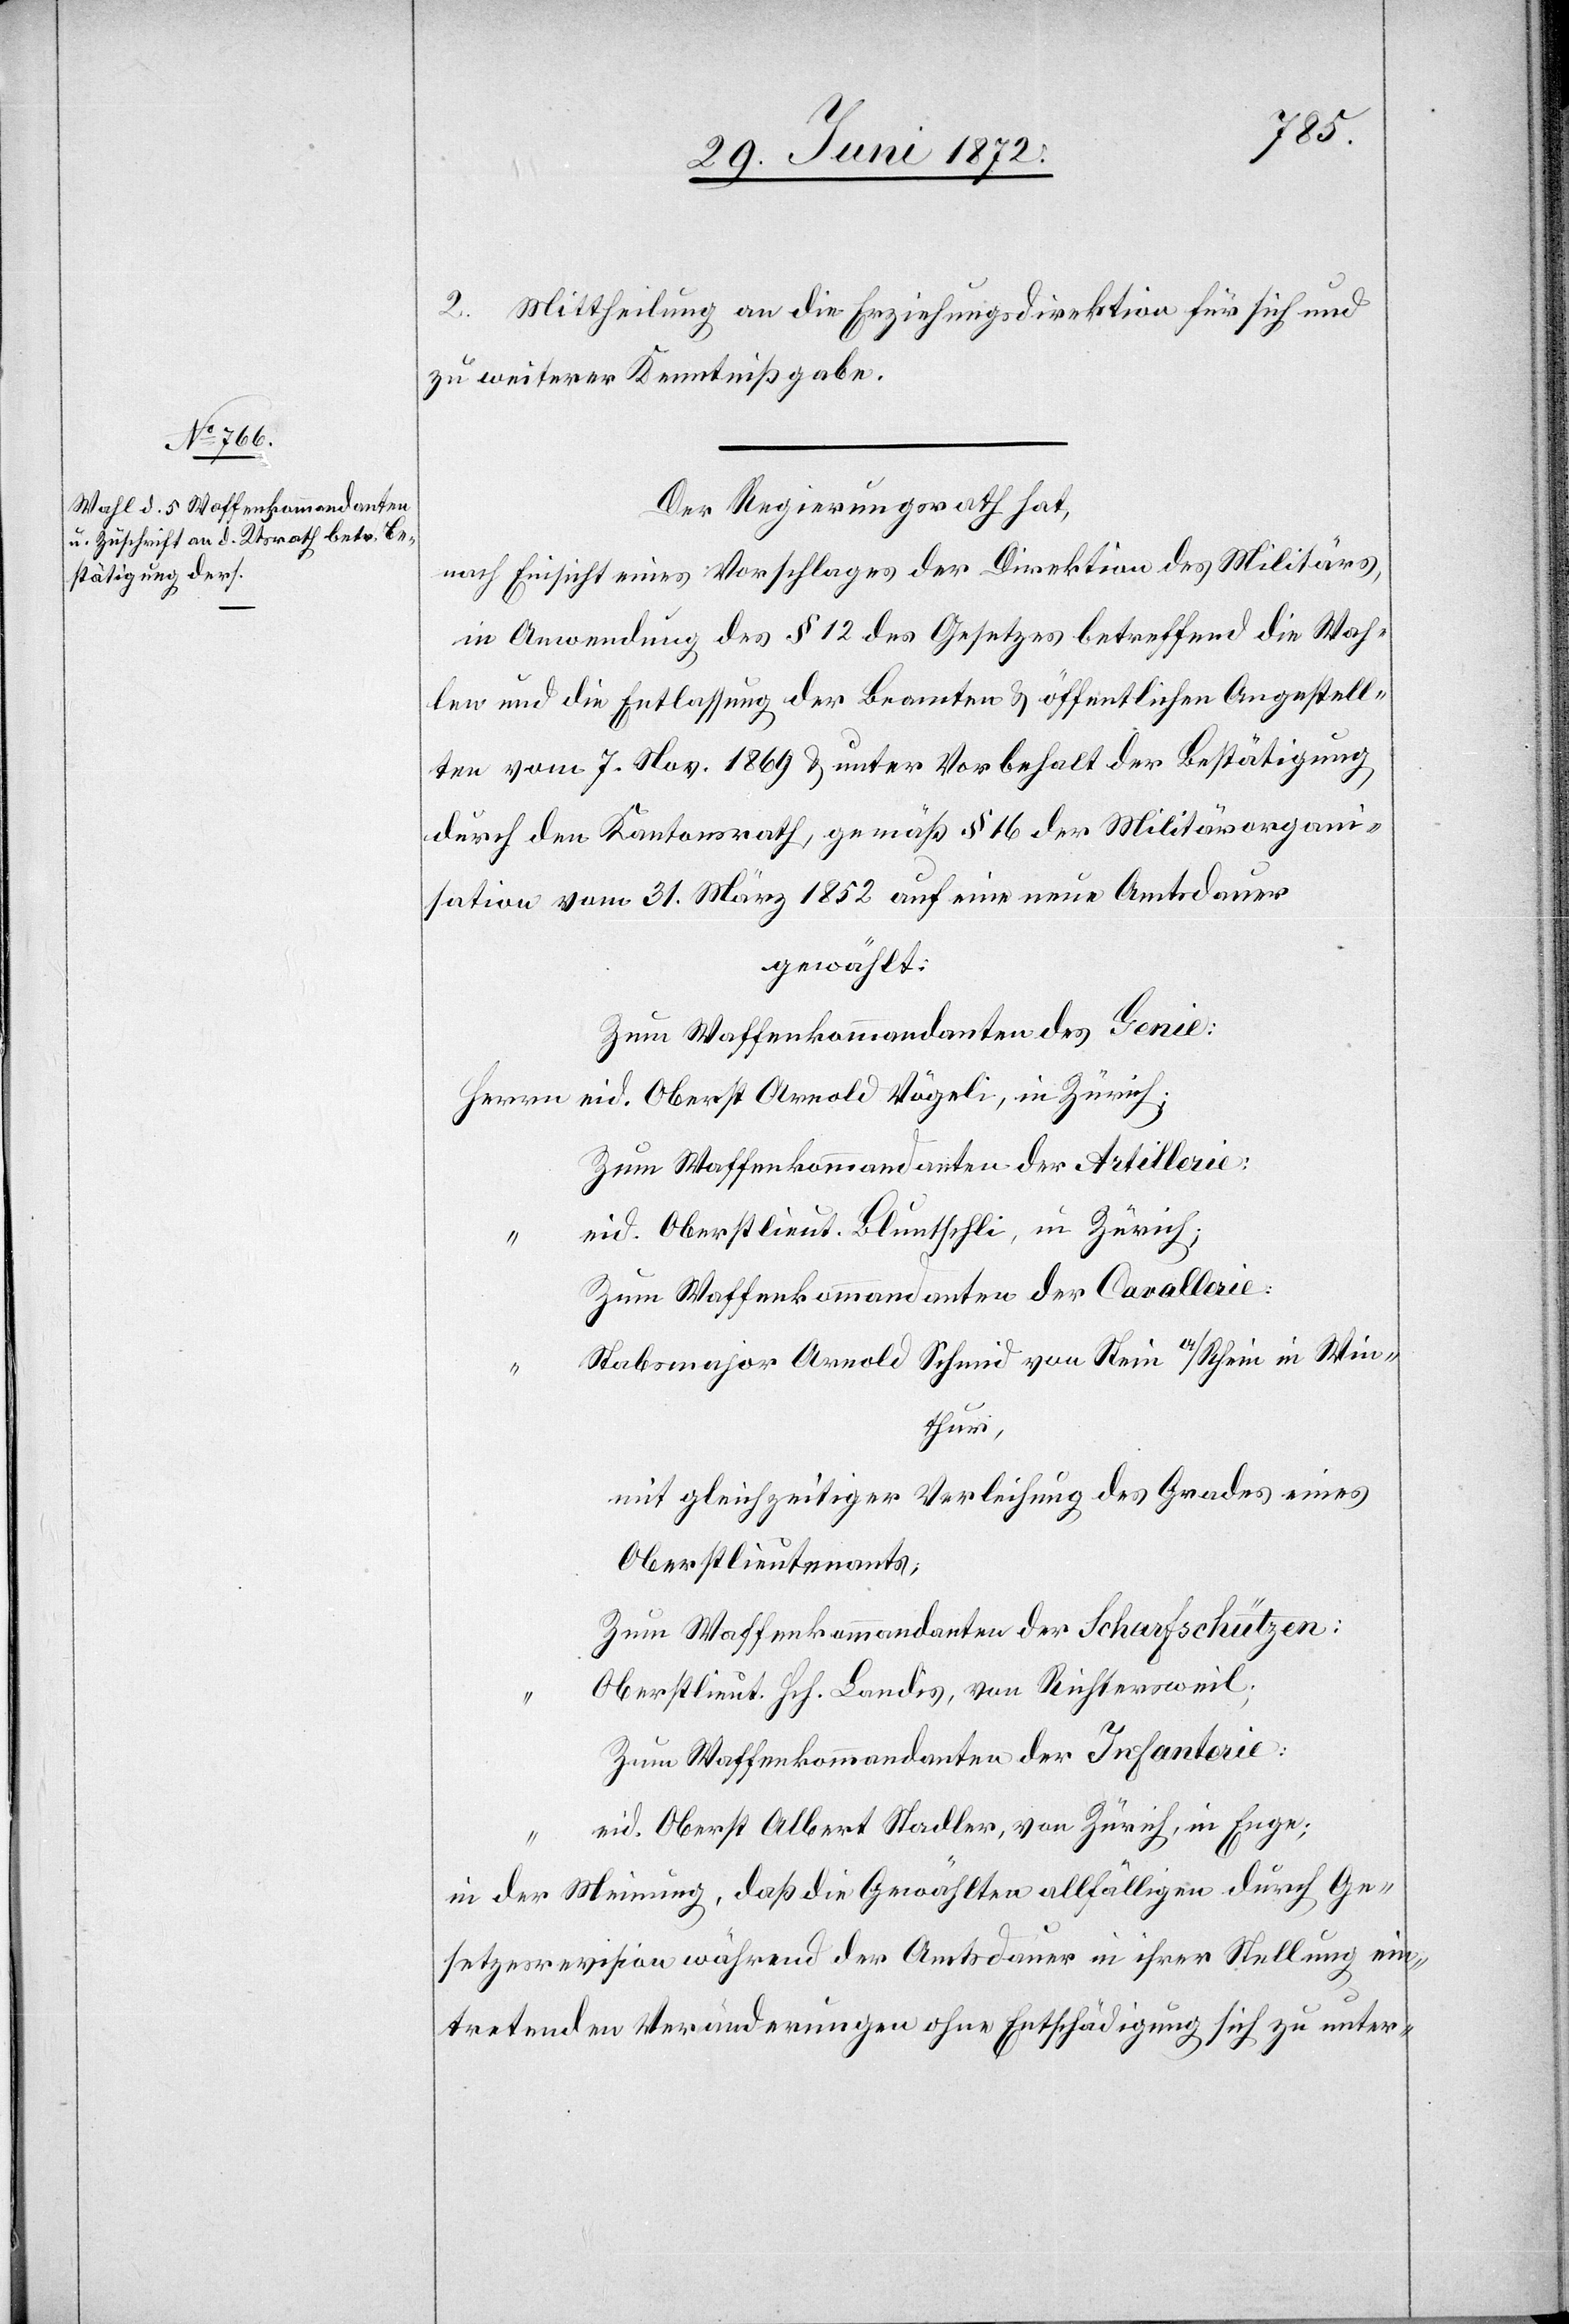
2. Mittheilung an die Erziehungsdirektion für sich und
zu weiterer Kenntnißgabe.
Der Regierungsrath hat,
nach Einsicht eines Vorschlages der Direktion des Militärs,
in Anwendung des § 12 des Gesetzes betreffend die Wah¬
len und die Entlassung der Beamten u. öffentlichen Angestell¬
ten vom 7. Nov. 1869 u. unter Vorbehalt der Bestätigung
durch den Kantonsrath, gemäß § 16 der Militärorgani¬
sation vom 31. März 1852 auf eine neue Amtsdauer
gewählt:
Zum Waffenkommandanten des Genie:
Zum Waffenkommandanten der Artillerie:
eid. Oberstlieut. Bluntschli, in Zürich;
Zum Waffenkommandanten der Cavallerie:
Stabsmajor Arnold Schmid von Stein a/Rhein in Win[te¬
r]thur,
mit gleichzeitiger Verleihung des Grades eines
Oberstlieutenants;
Zum Waffenkommandanten der Scharfschützen:
Oberstlieut. Hch. Landis, von Richtersweil;
Zum Waffenkommandanten der Infanterie:
eid. Oberst Albert Stadler, von Zürich, in Enge;
in der Meinung, daß die Gewählten allfälligen durch Ge¬
setzesrevision während der Amtsdauer in ihrer Stellung ein¬
tretenden Veränderungen ohne Entschädigung sich zu unter-